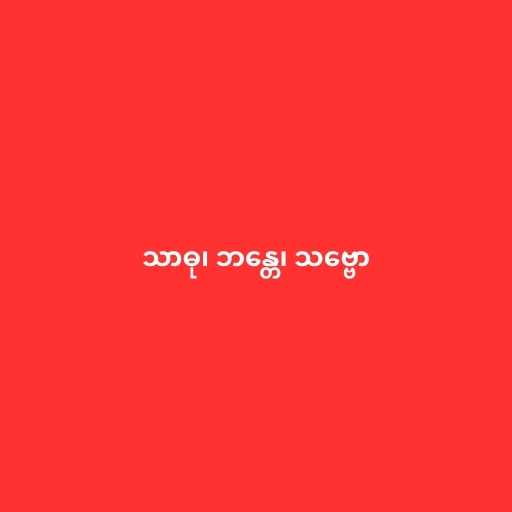
သာဓု၊ ဘန္တေ၊ သဗ္ဗော